Civil Veterinary Dept. Bombay admin report 1907-1913 - 1907-1913
Year: 1907
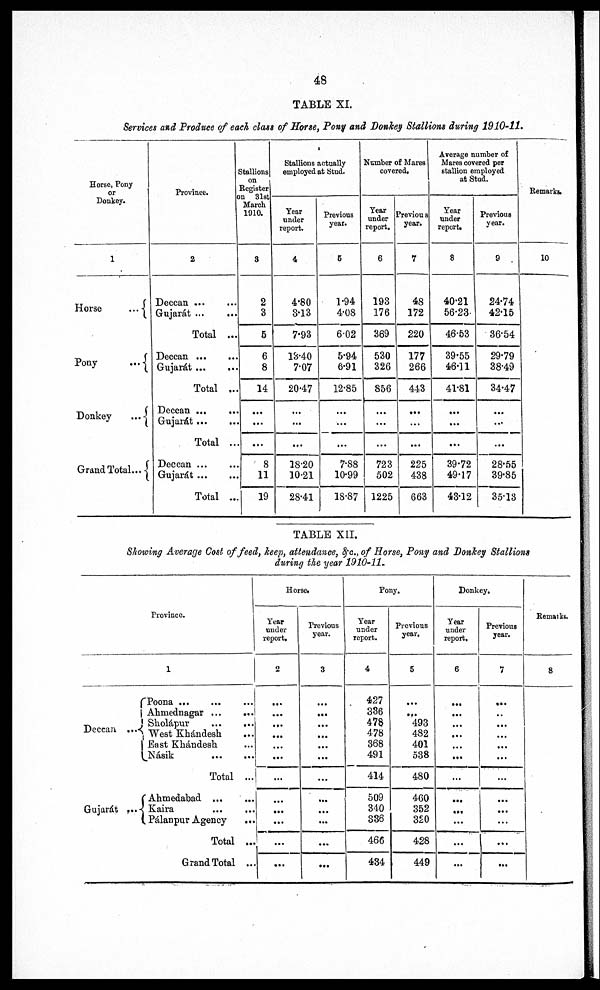
48
TABLE XI.
Services and Produce of each class of Horse, Pony and Donkey Stallions during 1910-11.
Horse, Pony
or
Donkey.
1
Horse
...
Pony
...
Donkey
...
Grand Total ...
Province.
2
Deccan
...
...
Gujarat ...
...
Total ...
Deccan
...
...
Gujarát ... ...
Total ...
Deccan ...
...
Gujarát ... ...
Total ...
Deccan ... ...
Gujarát ... ...
Total ...
Stallions
on
Register
on 31st
March
1910.
8
2
3
5
6
8
14
...
...
...
8
11
19
Stallions actually
employed at Stud.
Year
under
report.
4
4.80
3.13
7.93
13.40
7.07
20.47
...
...
...
18.20
10.21
28.41
Previous
year.
6
1.94
4.08
602
5.94
6.91
12.85
...
...
...
7.88
10.99
18.87
Number of Mares
covered.
Year
under
report.
6
193
176
369
530
326
856
...
...
...
723
502
1225
Previous
year.
7
48
172
220
177
266
443
...
...
...
225
438
663
Average number of
Mares covered per
stallion employed
at Stud.
Year
under
report.
8
40.21
56.23
46.53
39.55
46.11
41.81
...
...
...
39.72
49.17
43.12
Previous
year.
9
24.74
42.15
36.54
29.79
38.49
34.47
...
...
...
28.55
39.85
35.13
Remarks.
10
TABLE XII.
Showing Average Cost of feed, keep, attendance, &c., of Horse, Pony and Donkey Stallions
during the year 1910-11.
Province.
1
Deccan
Gujarát
Poona
...
...
...
Ahmednagar
...
...
Sholápur
...
...
West Khándesh ...
East Khándesh ...
Násik
...
...
Total ...
Ahmedabad
...
...
Kaira
...
...
Pálanpur Agency
...
Total ...
Grand Total ...
Horse.
Year
under
report.
2
...
...
...
...
...
...
...
...
...
...
...
...
Previous
year.
3
...
...
...
...
...
...
...
...
...
...
...
...
Pony.
Year
under
report.
4
427
336
478
478
368
491
414
509
340
336
466
434
Previous
year.
5
...
...
493
482
401
538
480
460
352
320
428
449
Donkey.
Year
under
report.
6
...
...
...
...
...
...
...
...
...
...
...
...
Previous
year.
7
...
...
...
...
...
...
...
...
...
...
...
...
Remarks.
8